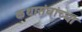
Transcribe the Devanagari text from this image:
कथासंघांच्या